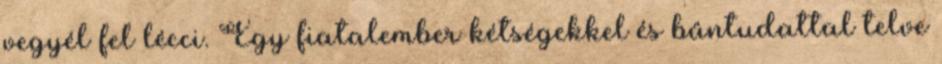
vegyél fel lécci. Egy fiatalember kétségekkel és bűntudattal telve